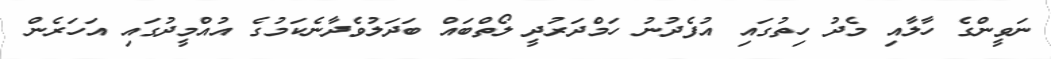
ނަވީންގެ ހާލާއި މެދު ހިތުގައި އުފެދުނު ހަމްދަރުދީ ލޯތްބައް ބަދަލުވެދާނެކަމުގެ އުއްމީދުގައި އަހަރެން